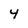
Character: 4